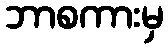
ဘာစကားမှ